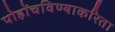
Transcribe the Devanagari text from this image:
पोहोंचविण्याकरिता